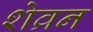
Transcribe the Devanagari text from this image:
शेव्रन